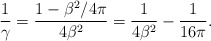
\begin{align*}{1\over\gamma} = {1 - \beta^2/4\pi\over4\beta^2} = {1\over4\beta^2} - {1\over16\pi}.\end{align*}